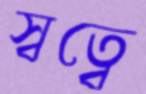
স্বত্বে